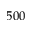
5 0 0